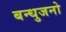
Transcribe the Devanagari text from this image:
बन्धुजनो